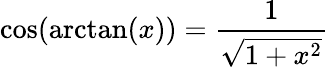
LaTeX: \cos(\arctan(x))={\frac{1}{\sqrt{1+x^{2}}}}